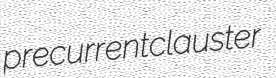
precurrent clauster